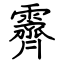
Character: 霽